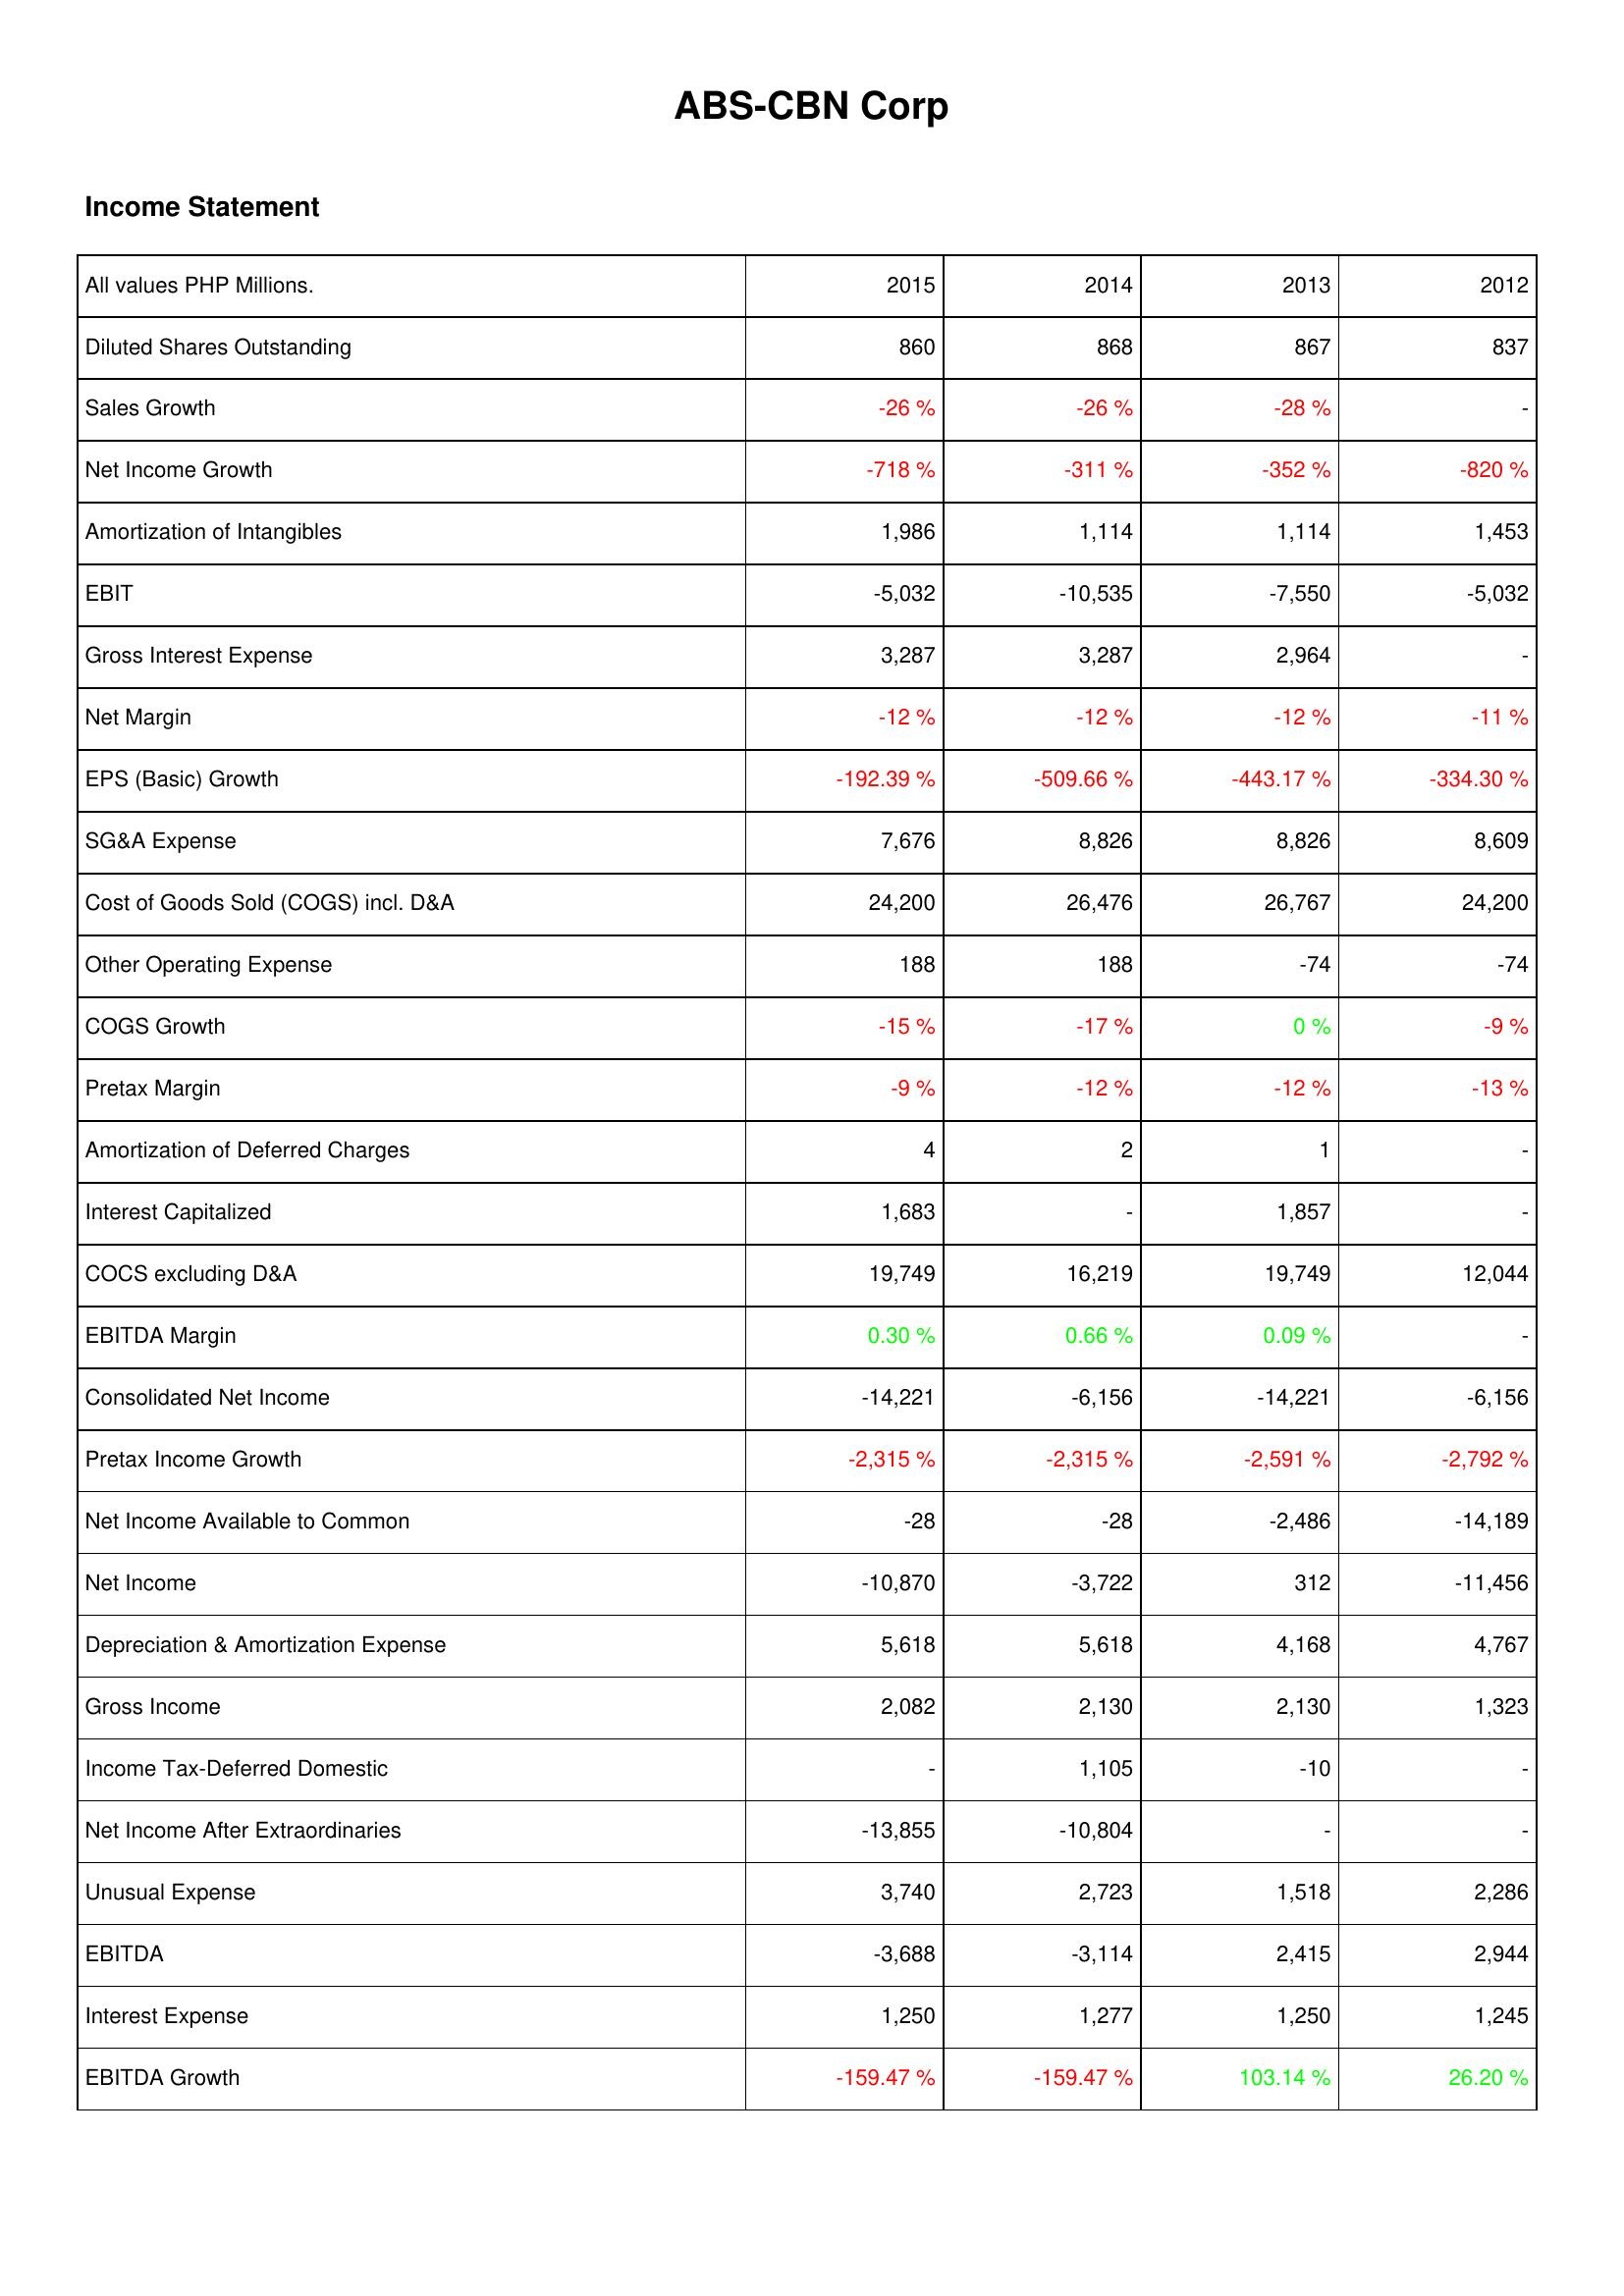
2015: Income Statement: Diluted Shares Outstanding: 860
Sales Growth: -26 %
Net Income Growth: -718 %
Amortization of Intangibles: 1,986
EBIT: -5,032
Gross Interest Expense: 3,287
Net Margin: -12 %
EPS (Basic) Growth: -192.39 %
SG&A Expense: 7,676
Cost of Goods Sold (COGS) incl. D&A: 24,200
Other Operating Expense: 188
COGS Growth: -15 %
Pretax Margin: -9 %
Amortization of Deferred Charges: 4
Interest Capitalized: 1,683
COCS excluding D&A: 19,749
EBITDA Margin: 0.30 %
Consolidated Net Income: -14,221
Pretax Income Growth: -2,315 %
Net Income Available to Common: -28
Net Income: -10,870
Depreciation & Amortization Expense: 5,618
Gross Income: 2,082
Income Tax-Deferred Domestic: -
Net Income After Extraordinaries: -13,855
Unusual Expense: 3,740
EBITDA: -3,688
Interest Expense: 1,250
EBITDA Growth: -159.47 %
2014: Income Statement: Diluted Shares Outstanding: 868
Sales Growth: -26 %
Net Income Growth: -311 %
Amortization of Intangibles: 1,114
EBIT: -10,535
Gross Interest Expense: 3,287
Net Margin: -12 %
EPS (Basic) Growth: -509.66 %
SG&A Expense: 8,826
Cost of Goods Sold (COGS) incl. D&A: 26,476
Other Operating Expense: 188
COGS Growth: -17 %
Pretax Margin: -12 %
Amortization of Deferred Charges: 2
Interest Capitalized: -
COCS excluding D&A: 16,219
EBITDA Margin: 0.66 %
Consolidated Net Income: -6,156
Pretax Income Growth: -2,315 %
Net Income Available to Common: -28
Net Income: -3,722
Depreciation & Amortization Expense: 5,618
Gross Income: 2,130
Income Tax-Deferred Domestic: 1,105
Net Income After Extraordinaries: -10,804
Unusual Expense: 2,723
EBITDA: -3,114
Interest Expense: 1,277
EBITDA Growth: -159.47 %
2013: Income Statement: Diluted Shares Outstanding: 867
Sales Growth: -28 %
Net Income Growth: -352 %
Amortization of Intangibles: 1,114
EBIT: -7,550
Gross Interest Expense: 2,964
Net Margin: -12 %
EPS (Basic) Growth: -443.17 %
SG&A Expense: 8,826
Cost of Goods Sold (COGS) incl. D&A: 26,767
Other Operating Expense: -74
COGS Growth: 0 %
Pretax Margin: -12 %
Amortization of Deferred Charges: 1
Interest Capitalized: 1,857
COCS excluding D&A: 19,749
EBITDA Margin: 0.09 %
Consolidated Net Income: -14,221
Pretax Income Growth: -2,591 %
Net Income Available to Common: -2,486
Net Income: 312
Depreciation & Amortization Expense: 4,168
Gross Income: 2,130
Income Tax-Deferred Domestic: -10
Net Income After Extraordinaries: -
Unusual Expense: 1,518
EBITDA: 2,415
Interest Expense: 1,250
EBITDA Growth: 103.14 %
2012: Income Statement: Diluted Shares Outstanding: 837
Sales Growth: -
Net Income Growth: -820 %
Amortization of Intangibles: 1,453
EBIT: -5,032
Gross Interest Expense: -
Net Margin: -11 %
EPS (Basic) Growth: -334.30 %
SG&A Expense: 8,609
Cost of Goods Sold (COGS) incl. D&A: 24,200
Other Operating Expense: -74
COGS Growth: -9 %
Pretax Margin: -13 %
Amortization of Deferred Charges: -
Interest Capitalized: -
COCS excluding D&A: 12,044
EBITDA Margin: -
Consolidated Net Income: -6,156
Pretax Income Growth: -2,792 %
Net Income Available to Common: -14,189
Net Income: -11,456
Depreciation & Amortization Expense: 4,767
Gross Income: 1,323
Income Tax-Deferred Domestic: -
Net Income After Extraordinaries: -
Unusual Expense: 2,286
EBITDA: 2,944
Interest Expense: 1,245
EBITDA Growth: 26.20 %